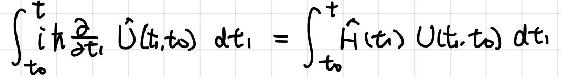
\[ \int_{t_0}^{t} i \hbar \frac{\partial}{\partial t_1} \hat{U}(t_1,t_0) \mathrm{d}t_1 = \int_{t_0}^{t} \hat{H}(t_1) U(t_1,t_0) \mathrm{d}t_1 \]